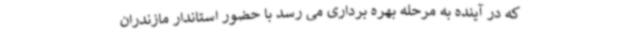
که در آینده به مرحله بهره برداری می رسد با حضور استاندار مازندران